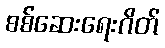
စစ်ဆေးရေးဂိတ်